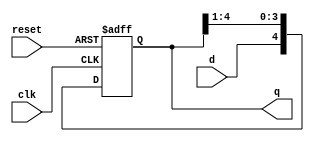
`timescale 1ns / 1ps
//////////////////////////////////////////////////////////////////////////////////
// Company: 
// Engineer: 
// 
// Design Name: 
// Module Name:    paralel 
// Project Name: 
// Target Devices: 
// Tool versions: 
// Description: 
//
// Dependencies: 
//
// Revision: 
// Revision 0.01 - File Created
// Additional Comments: 
//
//////////////////////////////////////////////////////////////////////////////////
module paralel(
    input d,
    input clk,
    input reset,
    output [4:0] q
    );
reg [4:0] qnext;

always @(posedge clk or negedge reset)
    begin
        if(reset == 1'b0)
            qnext <= 5'b00000;
        else
            begin
                    qnext[0] <= qnext[1];
                    qnext[1] <= qnext[2];
						  qnext[2] <= qnext[3];
						  qnext[3] <= qnext[4];
                    qnext[4] <= d;
            end
    end
assign q = qnext;

endmodule